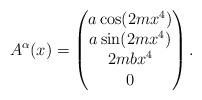
LaTeX: \begin{align*}A^\alpha(x)=\begin{pmatrix}a\cos(2mx^4)\\a\sin(2mx^4)\\2mbx^4\\0\end{pmatrix}.\end{align*}